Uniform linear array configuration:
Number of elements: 12
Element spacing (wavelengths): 1
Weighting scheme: uniform
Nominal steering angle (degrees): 45
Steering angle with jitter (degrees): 43.15
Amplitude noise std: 0.05
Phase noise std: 0.05

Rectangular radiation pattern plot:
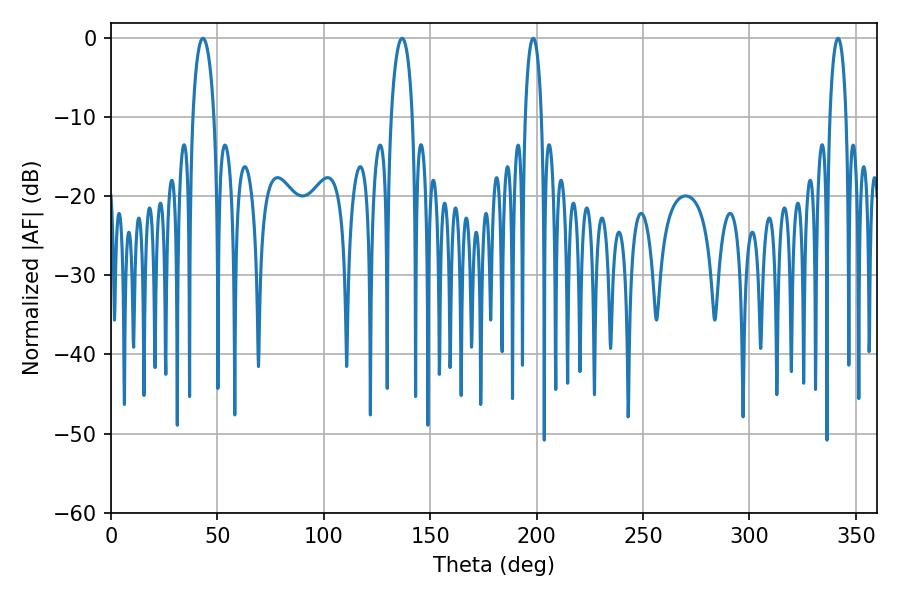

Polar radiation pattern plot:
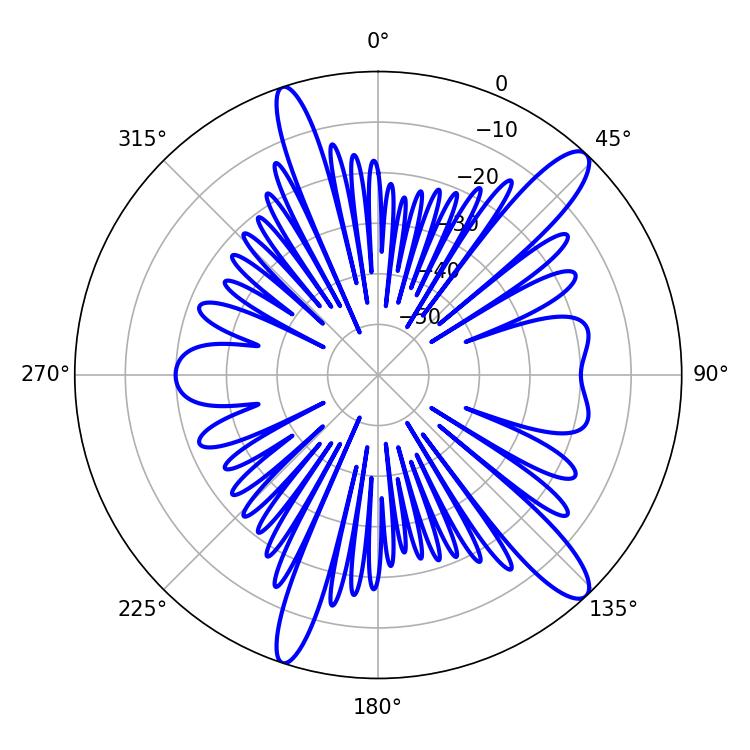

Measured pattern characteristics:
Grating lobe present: TRUE
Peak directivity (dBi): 12.82
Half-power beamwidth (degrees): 5.58
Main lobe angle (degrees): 43.2